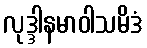
လုဒ္ဒါနမာဝါသမိဒံ